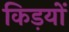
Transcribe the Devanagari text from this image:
किड़यों